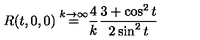
\frac { R ( t , 0 , 0 ) \buildrel { k \to \infty } } { = \frac { 4 } { k } \frac { 3 + \cos ^ { 2 } t } { 2 \sin ^ { 2 } t } }